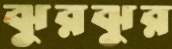
ঝুরঝুর